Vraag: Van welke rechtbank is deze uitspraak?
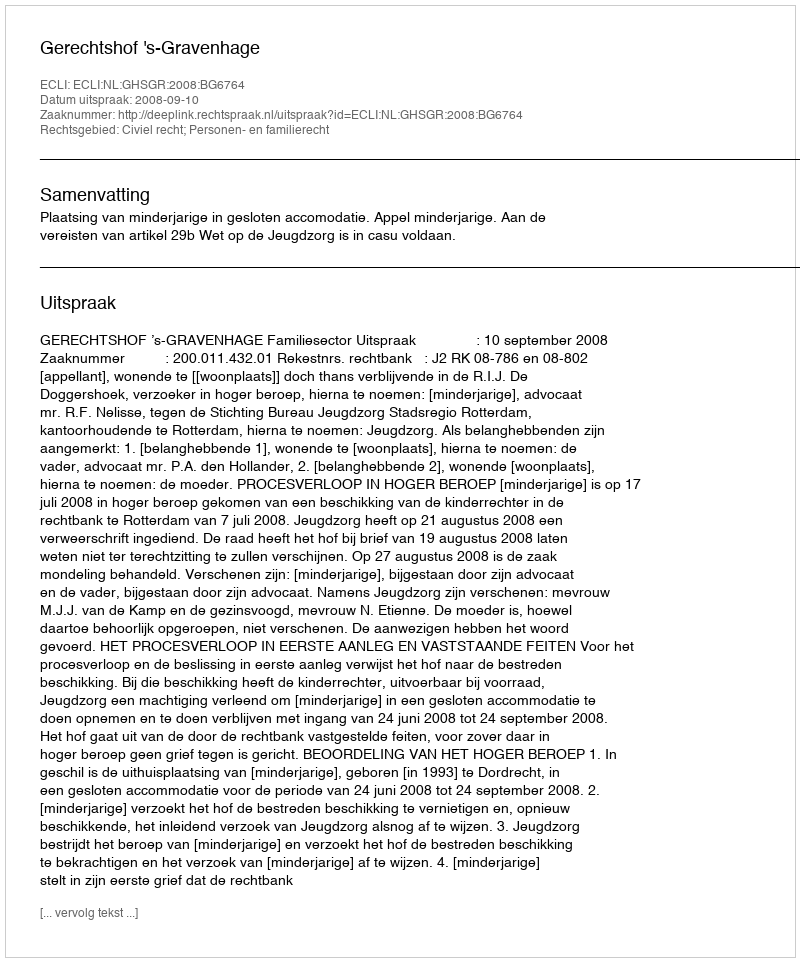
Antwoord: Gerechtshof 's-Gravenhage